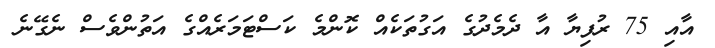
އާއި 75 ރުފިޔާ އާ ދެމެދުގެ އަގުތަކެއް ކޮންމެ ކަސްޓަމަރެއްގެ އަތުންވެސް ނެގޭނެ